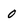
Character: 0